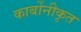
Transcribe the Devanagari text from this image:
कार्बोनीकृत